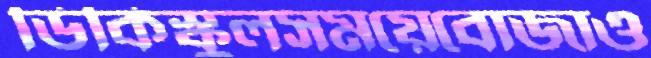
ডিকিস্কুলসময়েবোজাও